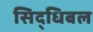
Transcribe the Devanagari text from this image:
सिद्धिबल